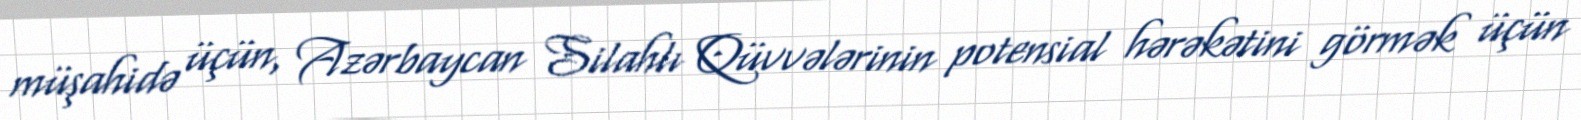
müşahidə üçün, Azərbaycan Silahlı Qüvvələrinin potensial hərəkətini görmək üçün